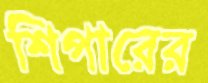
শিপারের